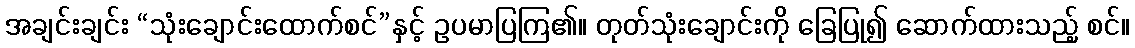
အချင်းချင်း “သုံးချောင်းထောက်စင်”နှင့် ဥပမာပြကြ၏။ တုတ်သုံးချောင်းကို ခြေပြု၍ ဆောက်ထားသည့် စင်။